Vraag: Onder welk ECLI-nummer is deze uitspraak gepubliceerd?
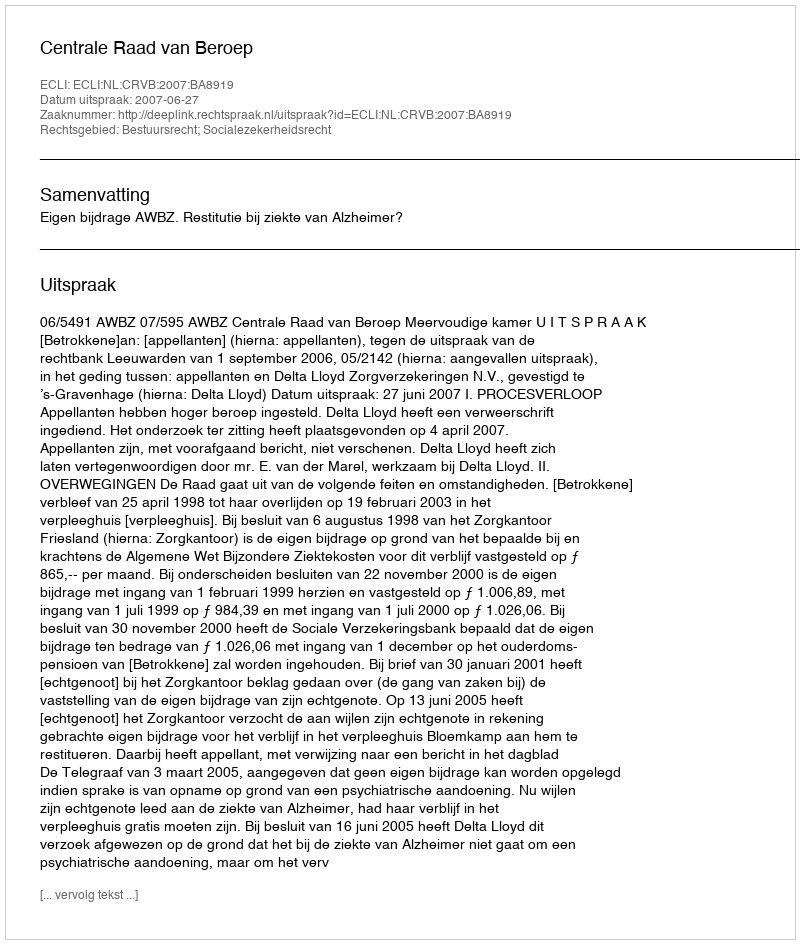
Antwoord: ECLI:NL:CRVB:2007:BA8919